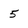
Character: 5